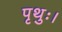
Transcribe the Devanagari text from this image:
पृथुः।